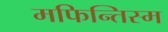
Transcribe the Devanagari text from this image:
मफिन्तिस्म